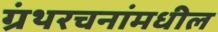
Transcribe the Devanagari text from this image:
ग्रंथरचनांमधील